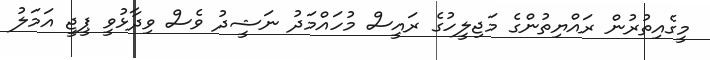
މީގެއިތުރުން ރައްޔިތުންގެ މަޖިލީހުގެ ރައީސް މުހައްމަދު ނަޝީދު ވެސް ވިދާޅުވީ ޕީޖީ އަމަލު